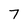
Character: 7